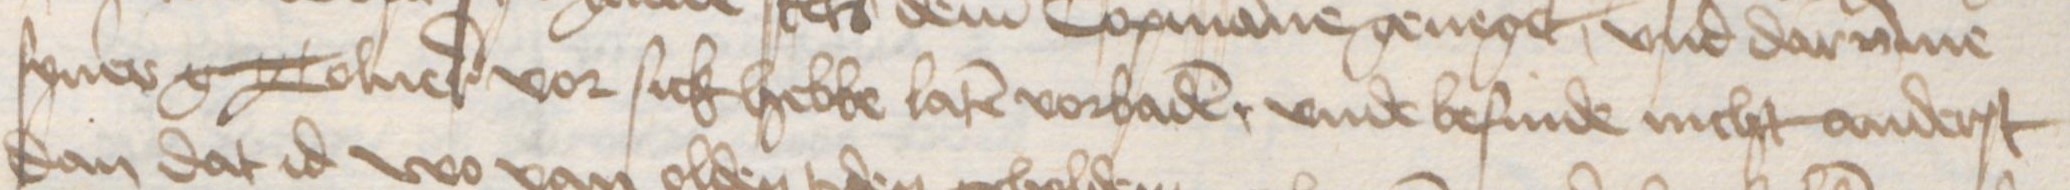
syner g Tolner vor sick hebbe laten vorbaden, vnde befinde nicht anderst